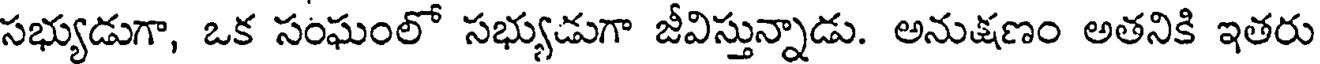
సభ్యుడుగా, ఒక సంఘంలో సభ్యుడుగా జీవిస్తున్నాడు. అనుక్షణం అతనికి ఇతరు